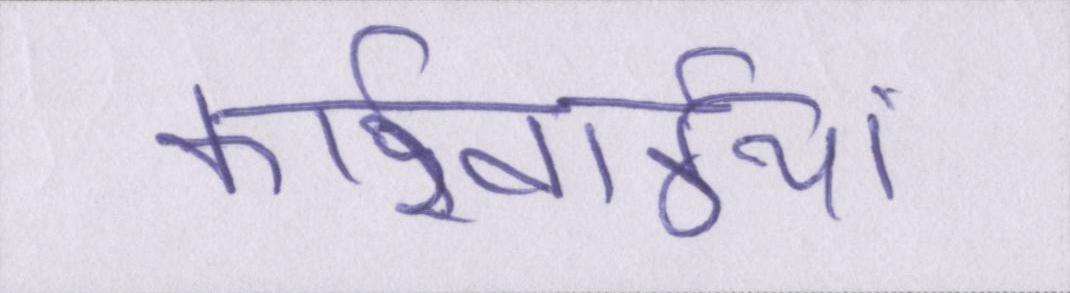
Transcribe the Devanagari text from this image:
कार्रवाईयां